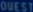
Quest